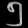
Digit: ၅